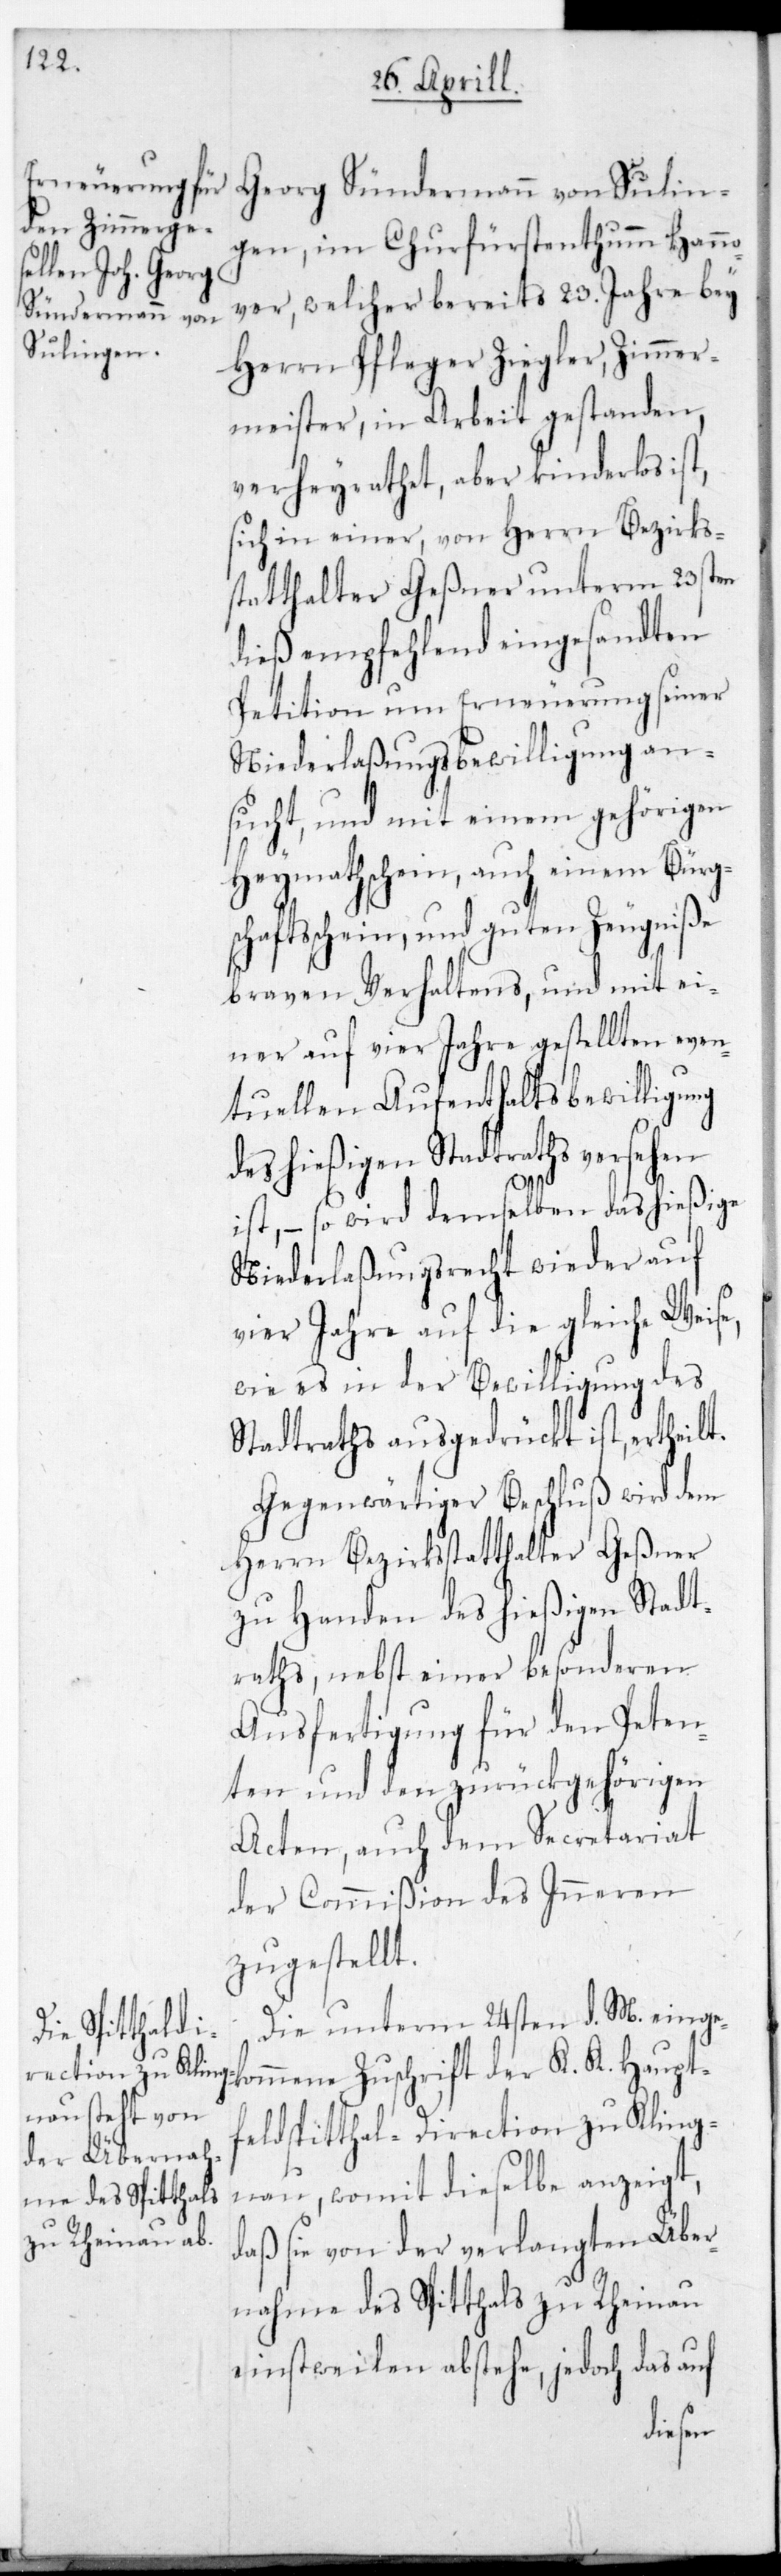
Georg Sündermann von Sulin¬
gen, im ChurFürstenthum Hann¬
over, welcher bereits 23. Jahre bey
Herrn Pfleger Ziegler, Zimmer¬
meister, in Arbeit gestanden,
verheurathet, aber kinderlos ist,
sich in einer, von Herrn Bezirks¬
statthalter Geßner unterm 23sten
dieß empfehlend eingesandten
Petition um Erneuerung seiner
Niederlaßungs-Bewilligung an¬
sucht, und mit einem gehörigen
Heymathschein, auch einem Bürg¬
schaftßchein und guten Zeugniße
braven Verhaltens, und mit ei¬
ner auf vier Jahre gestellten even¬
tuellen Aufenthaltsbewilligung
des hießigen Stadtraths versehen
ist, – so wird demselben das hießige
Niederlaßungsrecht wieder auf
vier Jahre auf die gleiche Weise,
wie es in der Bewilligung des
Stadtraths ausgedrückt ist, ertheilt.
Gegenwärtiger Beschluß wird dem
Herrn Bezirksstatthalter Geßner
zu Handen des hießigen Stadt¬
raths, nebst einer besonderen
Ausfertigung für den Peten¬
ten und den zurück gehörigen
Acten, auch dem Secretariat
der Commißion des Inneren
zugestellt.
Die unterm 24sten d. M. einge¬
kommene Zuschrift der K. K. Haupt¬
feldspitthal-Direction zu Kling¬
nau, womit dieselbe anzeigt,
daß sie von der verlangten Über¬
nahme des Spitthals zu Rheinau
einstweilen abstehe, jedoch das auf